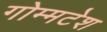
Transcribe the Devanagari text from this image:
गोम्मटेश